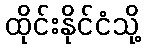
ထိုင်းနိုင်ငံသို့